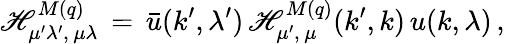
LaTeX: {\cal\mathscr{H}}_{\mu^{\prime}\lambda^{\prime},\, \mu\lambda}^{M(q)}\, =\, \bar{{u}}(k^{\prime},\lambda^{\prime})\, \mathscr{H}_{\mu^{\prime},\, \mu}^{M(q)}(k^{\prime},k)\, u(k,\lambda)\, ,